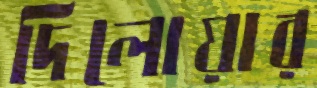
দিলোয়ার